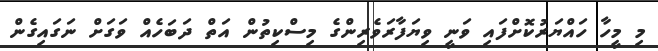
މި މީހާ ހައްޔަރުކޮށްފައި ވަނީ ވިޔަފާރަވެރިންގެ މިސްކިތުން އަތް ދަބަހެއް ވަގަށް ނަގައިގެން